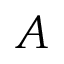
A